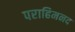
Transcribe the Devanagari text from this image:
पराहिमनद